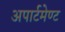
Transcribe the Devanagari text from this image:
अपार्टमेण्ट